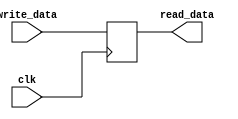
module IN_Port #(parameter Width=16)(read_data, write_data,clk);//, write_enable );//,rst);

input clk;//,write_enable,rst;
input [Width-1:0] write_data;//as each reg is 16 bits 
output [Width-1:0]read_data;//as each reg is 16 bits

reg [Width-1:0]reg_internal;

assign  read_data = reg_internal;

//NOTE: we will write in the input port at the posedge not bthe neg 
//so that the in_port_value will be written in the fetch buffer at the neg edge
always @(posedge clk) begin
	//if(write_enable)
	//begin
		reg_internal = write_data;
	//end	
end
//400 -> 350-450
endmodule